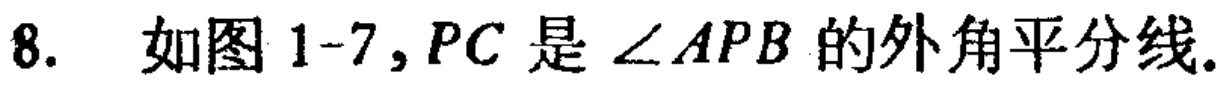
8. 如图1-7, \(PC\)是\(\angle APB\)的外角平分线.